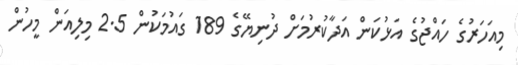
މިއަހަރުގެ ހައްޖުގެ އަޅުކަން އަދާކުރުމަށް ދުނިޔޭގެ 189 ގައުމަކުން 2.5 މިލިއަން މީހުން